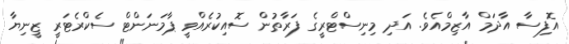
އޮފިސާ އާދަމް އާޒިމްއެވެ. އަދި މިނިސްޓްރީގެ ފަރާތުން ސޮއިކުރެއްވީ ޕާމަނަންޓް ސެކްރެޓަރީ ޒީނިޔާ